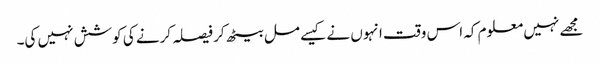
مجھے نہیں معلوم کہ اس وقت انہوں نے کیسے مل بیٹھ کر فیصلہ کرنے کی کوشش نہیں کی۔